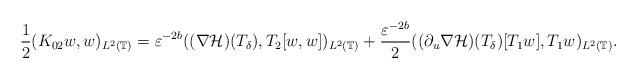
LaTeX: \begin{align*}\begin{aligned}& \frac{1}{2} (K_{0 2} w, w)_{L^2(\mathbb{T})}=\varepsilon^{-2 b} ( (\nabla \mathcal{H})(T_{\delta}) , T_2 [w, w] )_{L^2(\mathbb{T})}+\frac{\varepsilon^{-2 b}}{2} ((\partial_u \nabla \mathcal{H})(T_{\delta})[T_1 w] , T_1 w )_{L^2(\mathbb{T})}.\end{aligned}\end{align*}